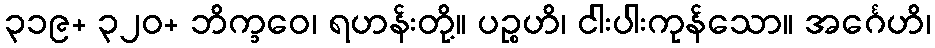
၃၁၉+ ၃၂၀+ ဘိက္ခဝေ၊ ရဟန်းတို့။ ပဉ္စဟိ၊ ငါးပါးကုန်သော။ အင်္ဂေဟိ၊